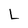
Character: L